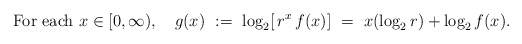
\begin{align*} {\rm For\ each}\ x \in [0,\infty),\ \ \ g(x)\ :=\ \log_2 [\, r^x\, f(x)]\ =\ x (\log_2 r) + \log_2 f(x).\end{align*}